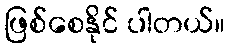
ဖြစ်စေနိုင် ပါတယ်။